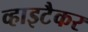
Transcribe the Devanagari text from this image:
व्हाइटैकर